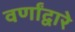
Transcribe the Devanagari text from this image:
वर्णांद्वारे